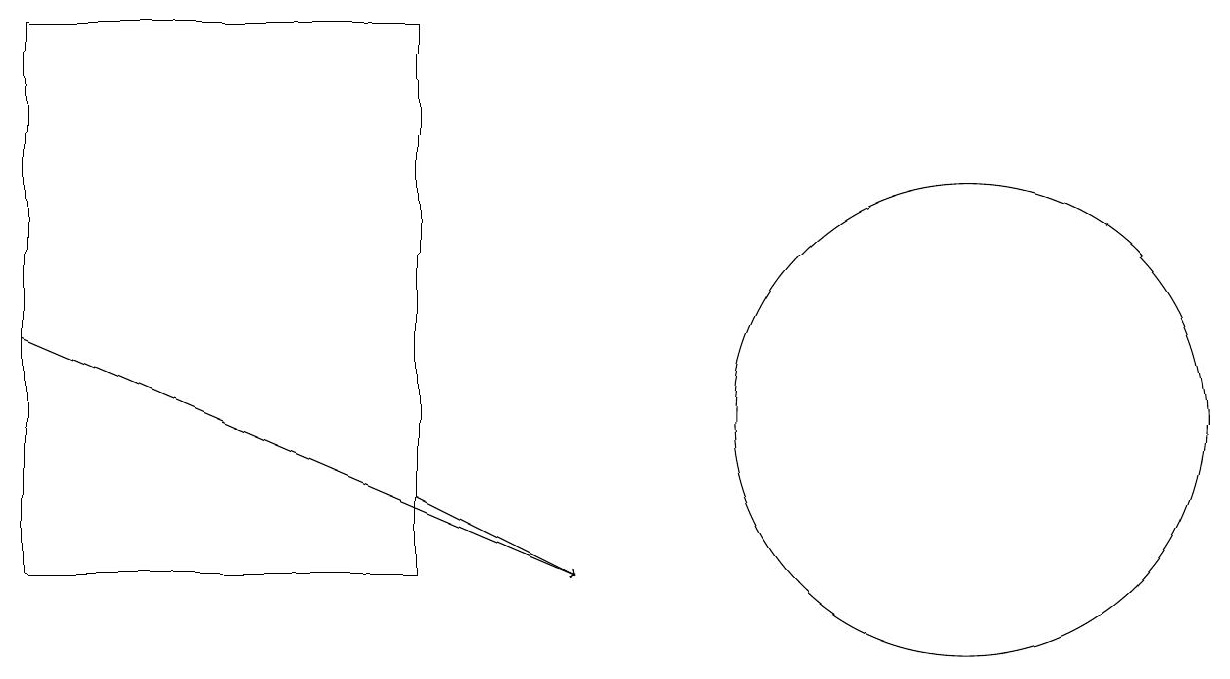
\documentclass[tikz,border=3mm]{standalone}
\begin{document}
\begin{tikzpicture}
\draw (0,17) rectangle (5,10);
\draw[->] (0,13) -- (7,10);
\draw (12,12) circle (3);
\draw[->] (5,11) -- (7,10);
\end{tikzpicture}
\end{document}